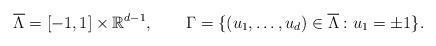
LaTeX: \begin{align*}\overline \Lambda = [-1,1]\times \mathbb R^{d-1},\qquad\Gamma= \{(u_1,\dots , u_d)\in \overline \Lambda : u_1 = \pm 1\}.\end{align*}